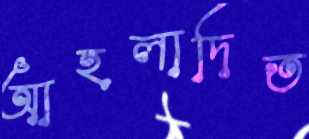
আহলাদিত